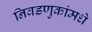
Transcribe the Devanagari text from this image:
निवडणुकांमधे